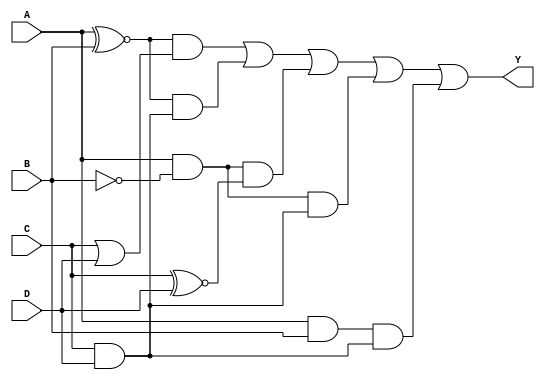
module four_variable_kmap (
    input wire A,  // Input variable A
    input wire B,  // Input variable B
    input wire C,  // Input variable C
    input wire D,  // Input variable D
    output wire Y  // Output variable Y
);

// Define the K-map logic based on the specified minterms
// Example minterms: 1, 3, 5, 7, 13
assign Y = (A ~^ B) & (C | D) | // Minterm 1: A'B'C'D
           (A ~^ B) & (C & D) | // Minterm 3: A'B'CD
           (A & ~B) & (C ~^ D) | // Minterm 5: A'BC'D'
           (A & ~B) & (C & D) | // Minterm 7: A'BCD
           (A & B) & (C & D);   // Minterm 13: AB'CD

endmodule